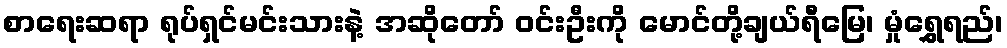
စာရေးဆရာ ရုပ်ရှင်မင်းသားနဲ့ အဆိုတော် ဝင်းဦးကို မောင်တို့ချယ်ရီမြေ၊ မှုံရွှေရည်၊